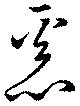
悪